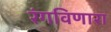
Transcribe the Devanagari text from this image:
रंगविणारा